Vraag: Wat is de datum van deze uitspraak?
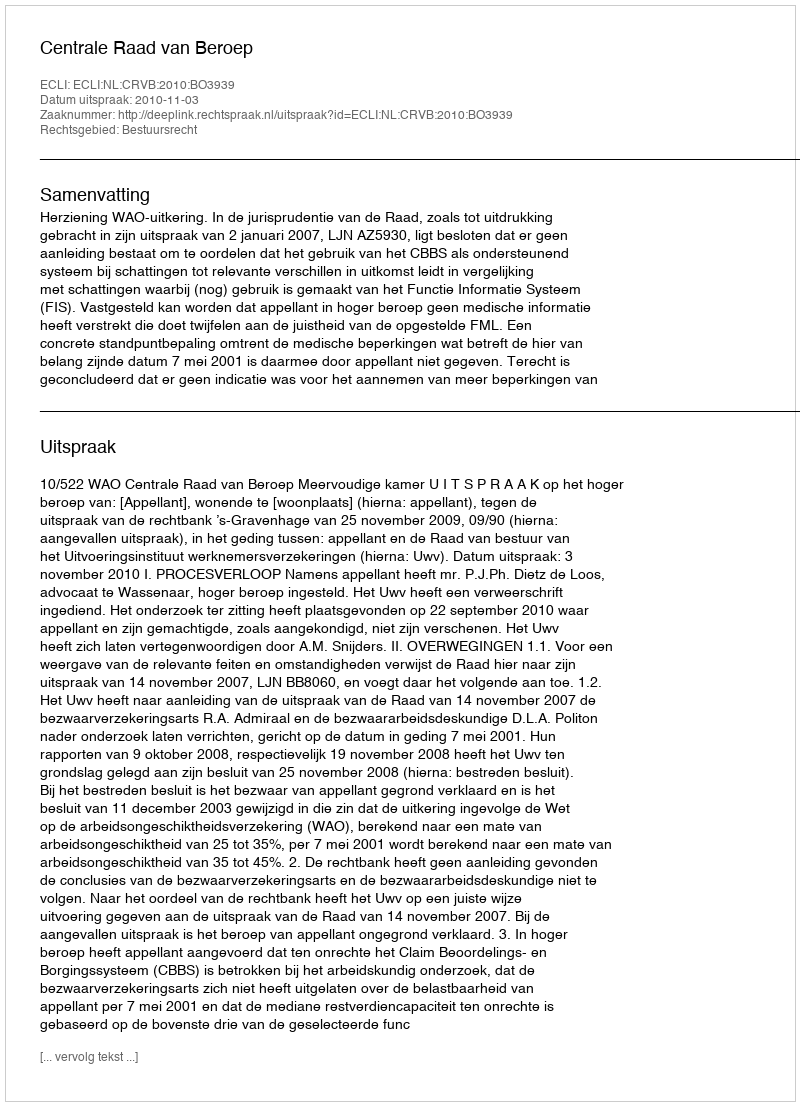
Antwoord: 2010-11-03